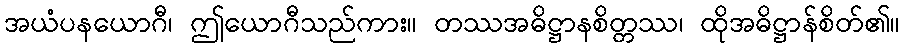
အယံပနယောဂီ၊ ဤယောဂီသည်ကား။ တဿအဓိဋ္ဌာနစိတ္တဿ၊ ထိုအဓိဋ္ဌာန်စိတ်၏။